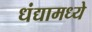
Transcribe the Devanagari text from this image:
धंद्यामध्ये